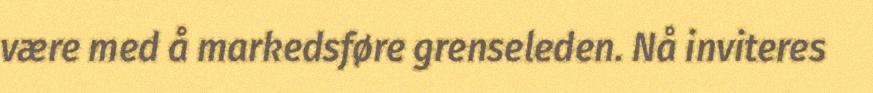
være med å markedsføre grenseleden. Nå inviteres